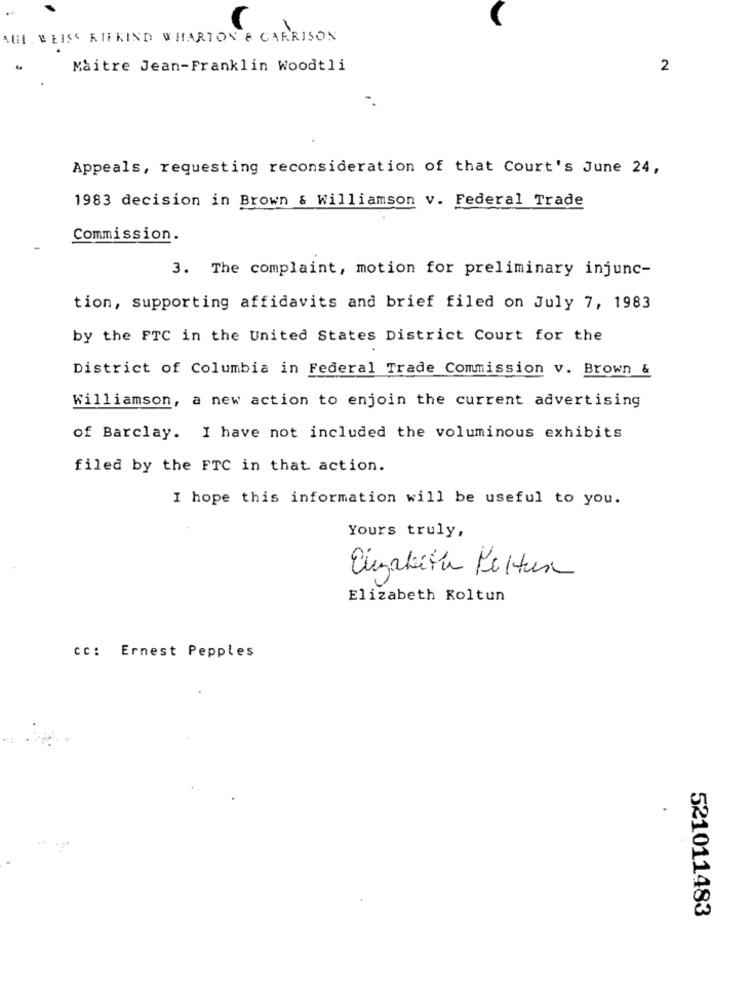
AHL. BEIS' RIFKIND WHARTON & GARRISON
Maitre Jean-Franklin Woodtli
2
Appeals, requesting reconsideration of that Court's June 24,
1983 decision in Brown & Williamson v. Federal Trade
Commission.
3. The complaint, motion for preliminary injunc-
tion, supporting affidavits and brief filed on July 7, 1983
by the FTC in the United States District Court for the
District of Columbia in Federal Trade Commission v. Brown &
Williamson, a new action to enjoin the current advertising
of Barclay. I have not included the voluminous exhibits
filed by the FTC in that action.
I hope this information will be useful to you.
Yours truly,
Elizabeth Koltun
cc: Ernest Pepples
521011483